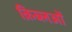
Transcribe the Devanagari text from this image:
क़िब्लओं